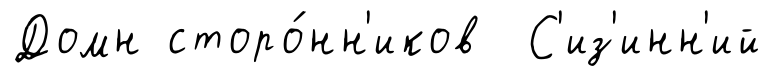
Домн сторо́нн'иков С'из'инн'ий